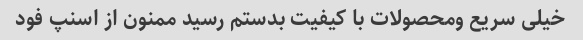
خیلی سریع ومحصولات با کیفیت بدستم رسید ممنون از اسنپ فود